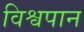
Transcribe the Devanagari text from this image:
विश्वपान